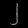
Digit: ၂